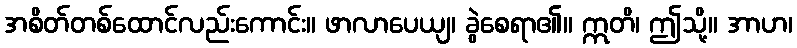
အစိတ်တစ်ထောင်လည်းကောင်း။ ဖာလာပေယျ၊ ခွဲစေရာ၏။ ဣတိ၊ ဤသို့။ အာဟ၊